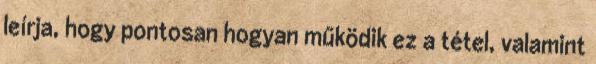
leírja, hogy pontosan hogyan működik ez a tétel, valamint